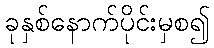
ခုနှစ်နောက်ပိုင်းမှစ၍